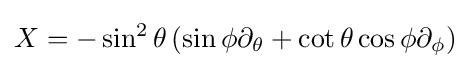
X=-\sin ^{2}\theta \,(\sin \phi \partial _{\theta }+\cot \theta \cos \phi \partial _{\phi })